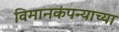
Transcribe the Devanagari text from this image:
विमानकंपन्याच्या